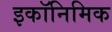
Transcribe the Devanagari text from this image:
इकॉनिमिक